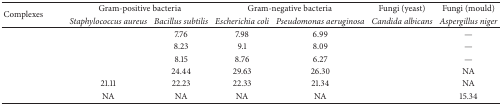
<table><thead><tr><td rowspan="2"><b>Complexes</b></td><td colspan="2"><b>Gram-positive bacteria</b></td><td colspan="2"><b>Gram-negative bacteria</b></td><td><b>Fungi (yeast)</b></td><td><b>Fungi (mould)</b></td></tr><tr><td><b><i>Staphylococcus aureus</i></b></td><td><b><i>Bacillus subtilis</i></b></td><td><b><i>Escherichia coli</i></b></td><td><b><i>Pseudomonas aeruginosa</i></b></td><td><b><i>Candida albicans</i></b></td><td><b><i>Aspergillus niger</i></b></td></tr></thead><tbody><tr><td>[EMPTY_CELL]</td><td>[EMPTY_CELL]</td><td>7.76</td><td>7.98</td><td>6.99</td><td>[EMPTY_CELL]</td><td>—</td></tr><tr><td>[EMPTY_CELL]</td><td>[EMPTY_CELL]</td><td>8.23</td><td>9.1</td><td>8.09</td><td>[EMPTY_CELL]</td><td>—</td></tr><tr><td>[EMPTY_CELL]</td><td>[EMPTY_CELL]</td><td>8.15</td><td>8.76</td><td>6.27</td><td>[EMPTY_CELL]</td><td>—</td></tr><tr><td>[EMPTY_CELL]</td><td>[EMPTY_CELL]</td><td>24.44</td><td>29.63</td><td>26.30</td><td>[EMPTY_CELL]</td><td>NA</td></tr><tr><td>[EMPTY_CELL]</td><td>21.11</td><td>22.23</td><td>22.33</td><td>21.34</td><td>[EMPTY_CELL]</td><td>NA</td></tr><tr><td>[EMPTY_CELL]</td><td>NA</td><td>NA</td><td>NA</td><td>NA</td><td>[EMPTY_CELL]</td><td>15.34</td></tr></tbody></table>